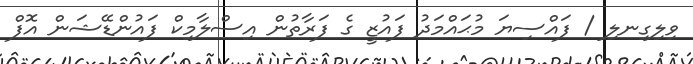
ވިލިގިނލި / ފައްސިޔަ މުޙައްމަދު ފައުޒީ ގެ ފަރާތުން އިސްލާމިކް ފައުންޑޭޝަން އޮފް